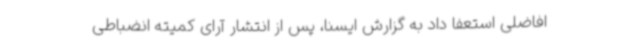
افاضلی استعفا داد به گزارش ایسنا، پس از انتشار آرای کمیته انضباطی